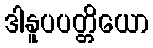
ဒါနူပပတ္တိယော